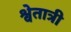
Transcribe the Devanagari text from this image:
श्वेतात्री